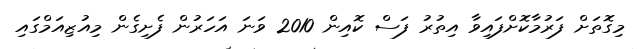
މިގޮތަށް ފަރުމާކޮށްފައިވާ އިތުރު ފަސް ކޮއިން 2010 ވަނަ އަހަރުން ފެށިގެން މިއުޒިއަމްގައި